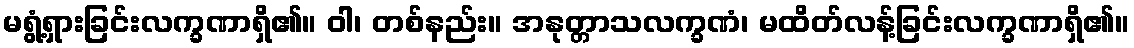
မရွံ့ရှားခြင်းလက္ခဏာရှိ၏။ ဝါ၊ တစ်နည်း။ အနုတ္တာသလက္ခဏံ၊ မထိတ်လန့်ခြင်းလက္ခဏာရှိ၏။